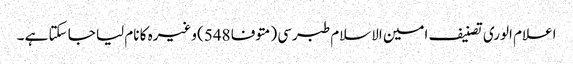
اعلام الوری تصنیف امین الاسلام طبرسی (متوفا 548) وغیرہ کا نام لیا جا سکتا ہے ۔